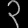
Digit: ၃